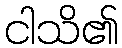
ငါသိ၏